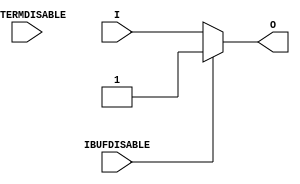
// This program was cloned from: https://github.com/Xilinx/XilinxUnisimLibrary
// License: Apache License 2.0

///////////////////////////////////////////////////////////////////////////////
//    Copyright (c) 1995/2011 Xilinx, Inc.
// 
//    Licensed under the Apache License, Version 2.0 (the "License");
//    you may not use this file except in compliance with the License.
//    You may obtain a copy of the License at
// 
//        http://www.apache.org/licenses/LICENSE-2.0
// 
//    Unless required by applicable law or agreed to in writing, software
//    distributed under the License is distributed on an "AS IS" BASIS,
//    WITHOUT WARRANTIES OR CONDITIONS OF ANY KIND, either express or implied.
//    See the License for the specific language governing permissions and
//    limitations under the License.
///////////////////////////////////////////////////////////////////////////////
//   ____  ____
//  /   /\/   /
// /___/  \  /    Vendor : Xilinx
// \   \   \/     Version : 13.1
//  \   \         Description : Xilinx Timing Simulation Library Component
//  /   /                  Input Buffer
// /___/   /\     Filename : IBUF_INTERMDISABLE.v
// \   \  /  \    Timestamp : Wed Apr 20 17:49:56 PDT 2011
//  \___\/\___\
//
// Revision:
//    04/20/11 - Initial version.
//    06/15/11 - CR 613347 -- made ouput logic_1 when IBUFDISABLE is active
//    08/31/11 - CR 623170 -- added attribute USE_IBUFDISABLE
//    09/20/11 - CR 624774, 625725 -- Removed attributes IBUF_DELAY_VALUE, IFD_DELAY_VALUE and CAPACITANCE
//    12/13/11 - Added `celldefine and `endcelldefine (CR 524859).
//    10/22/14 - Added #1 to $finish (CR 808642).
// End Revision

`timescale  1 ps / 1 ps


`celldefine

module IBUF_INTERMDISABLE (O, I, IBUFDISABLE, INTERMDISABLE);

    parameter IBUF_LOW_PWR = "TRUE";
    parameter IOSTANDARD = "DEFAULT";
    parameter SIM_DEVICE = "7SERIES";
    parameter USE_IBUFDISABLE = "TRUE";
`ifdef XIL_TIMING
    parameter LOC = "UNPLACED";
`endif // `ifdef XIL_TIMING
    
    output O;

    input  I;
    input  IBUFDISABLE;
    input  INTERMDISABLE;

// define constants
  localparam MODULE_NAME = "IBUF_INTERMDISABLE";

    wire out_val;
    initial begin
	

        case (IBUF_LOW_PWR)

            "FALSE", "TRUE" : ;
            default : begin
                          $display("Attribute Syntax Error : The attribute IBUF_LOW_PWR on IBUF_INTERMDISABLE instance %m is set to %s.  Legal values for this attribute are TRUE or FALSE.", IBUF_LOW_PWR);
                          #1 $finish;
                      end

        endcase

        if ((SIM_DEVICE != "7SERIES") &&
         (SIM_DEVICE != "ULTRASCALE") &&
         (SIM_DEVICE != "VERSAL_AI_CORE") &&
         (SIM_DEVICE != "VERSAL_AI_CORE_ES1") &&
         (SIM_DEVICE != "VERSAL_AI_CORE_ES2") &&
         (SIM_DEVICE != "VERSAL_AI_EDGE") &&
         (SIM_DEVICE != "VERSAL_AI_EDGE_ES1") &&
         (SIM_DEVICE != "VERSAL_AI_EDGE_ES2") &&
         (SIM_DEVICE != "VERSAL_AI_RF") &&
         (SIM_DEVICE != "VERSAL_AI_RF_ES1") &&
         (SIM_DEVICE != "VERSAL_AI_RF_ES2") &&
         (SIM_DEVICE != "VERSAL_HBM") &&
         (SIM_DEVICE != "VERSAL_HBM_ES1") &&
         (SIM_DEVICE != "VERSAL_HBM_ES2") &&
         (SIM_DEVICE != "VERSAL_PREMIUM") &&
         (SIM_DEVICE != "VERSAL_PREMIUM_ES1") &&
         (SIM_DEVICE != "VERSAL_PREMIUM_ES2") &&
         (SIM_DEVICE != "VERSAL_PRIME") &&
         (SIM_DEVICE != "VERSAL_PRIME_ES1") &&
         (SIM_DEVICE != "VERSAL_PRIME_ES2")) begin
      $display("Error: [Unisim %s-103] SIM_DEVICE attribute is set to %s.  Legal values for this attribute are 7SERIES, ULTRASCALE, VERSAL_AI_CORE, VERSAL_AI_CORE_ES1, VERSAL_AI_CORE_ES2, VERSAL_AI_EDGE, VERSAL_AI_EDGE_ES1, VERSAL_AI_EDGE_ES2, VERSAL_AI_RF, VERSAL_AI_RF_ES1, VERSAL_AI_RF_ES2, VERSAL_HBM, VERSAL_HBM_ES1, VERSAL_HBM_ES2, VERSAL_PREMIUM, VERSAL_PREMIUM_ES1, VERSAL_PREMIUM_ES2, VERSAL_PRIME, VERSAL_PRIME_ES1 or VERSAL_PRIME_ES2. Instance: %m", MODULE_NAME, SIM_DEVICE);
         #1 $finish;
    end
    end
   generate
       case (SIM_DEVICE)
         "7SERIES" : begin
                        assign out_val = 1'b1;
                     end
         default : begin
                        assign out_val = 1'b0;
                     end
        endcase
   endgenerate

    generate
       case (USE_IBUFDISABLE)
          "TRUE" :  begin
                        assign O = (IBUFDISABLE == 0)? I : (IBUFDISABLE == 1)? out_val  : 1'bx;
                    end
          "FALSE" : begin
                        assign O = I;
                    end
       endcase
    endgenerate

`ifdef XIL_TIMING
    specify

        (I => O) 		= (0:0:0,  0:0:0);
        (IBUFDISABLE => O)	= (0:0:0,  0:0:0);
        (INTERMDISABLE => O)	= (0:0:0,  0:0:0);

        specparam PATHPULSE$ = 0;

    endspecify
`endif // `ifdef XIL_TIMING

endmodule

`endcelldefine